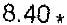
8.40 *